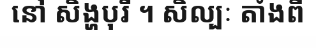
នៅ សិង្ហបុរី ។ សិល្បៈ តាំងពី